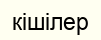
кішілер